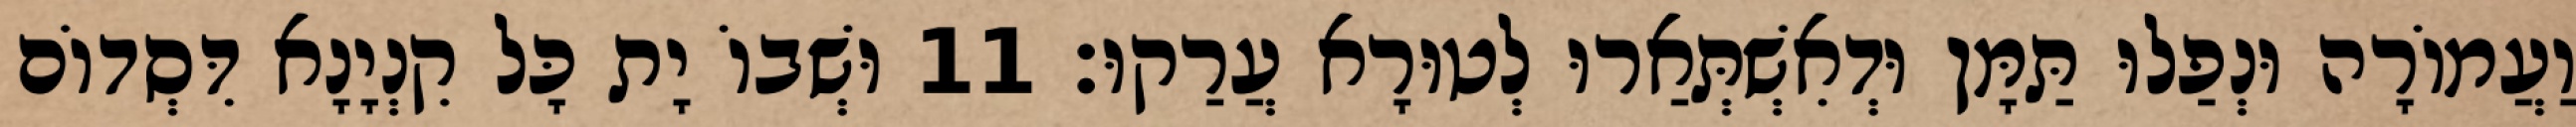
וַעֲמוֹרָה וּנְפַלוּ תַּמָּן וּדְאִשְׁתְּאַרוּ לְטוּרָא עֲרַקוּ׃ 11 וּשְׁבוֹ יָת כָּל קִנְיָנָא דִּסְדוֹם